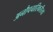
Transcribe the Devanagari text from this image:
अनौपचारिकरीत्या